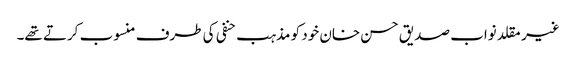
غیر مقلد نواب صدیق حسن خان خود کو مذہب حنفی کی طرف منسوب کرتے تھے۔